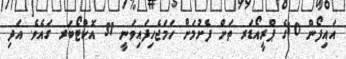
އައިފޯން 10ގެ ޕްރީއޯޑަރ ތަށް ފެށުމަށް ހަމަޖެހިފައިވަނީ 31 އޮކްޓޯބަރ ގައެވެ. އަދި